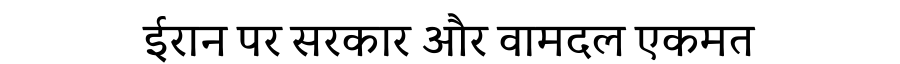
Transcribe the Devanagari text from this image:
ईरान पर सरकार और वामदल एकमत